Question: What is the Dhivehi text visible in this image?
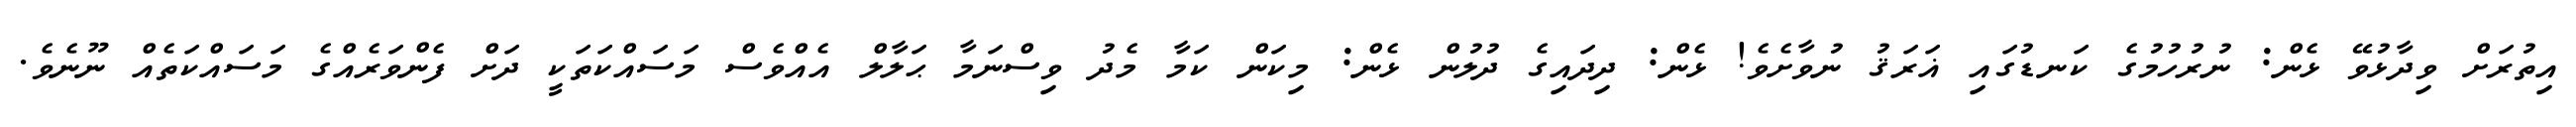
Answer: އިތުރަށް ވިދާޅުވޭ ޅެން: ނުރުހުމުގެ ކަނޑުގައި ޣަރަޤު ނުވާށެވެ! ޅެން: ދިދައިގެ ދުލުން ޅެން: މިކަން ކަމާ މެދު ވިސްނަމާ ޙަލާލް އެއްވެސް މަސައްކަތަކީ ދަށް ފެންވަރެއްގެ މަސައްކަތެއް ނޫނެވެ.